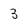
Character: 3